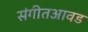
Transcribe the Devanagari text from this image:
संगीतआवड